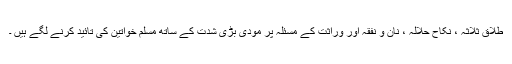
طلاق ثلاثہ ، نکاح حلالہ ، نان و نفقہ اور وراثت کے مسئلہ پر مودی بڑی شدت کے ساتھ مسلم خواتین کی تائید کرنے لگے ہیں ۔